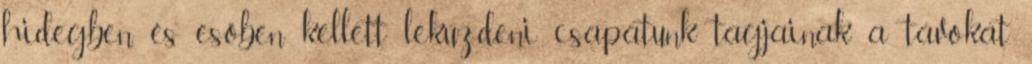
hidegben, és esőben kellett leküzdeni csapatunk tagjainak a távokat.